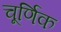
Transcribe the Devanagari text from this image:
चूर्णिक